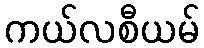
ကယ်လစီယမ်